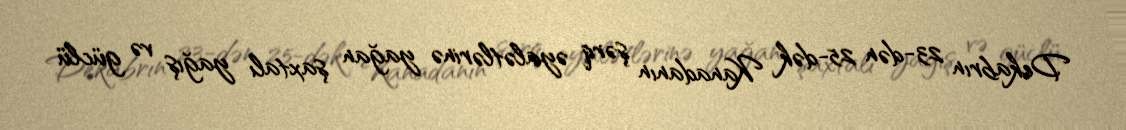
Dekabrın 23-dən 25-dək Kanadanın şərq əyalətlərinə yağan şaxtalı yağış və güclü